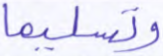
وتسليما